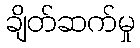
ချိတ်ဆက်မှု